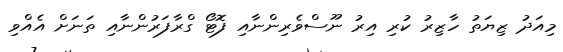
މިއަދު ޒިޔަތު ހާޒިރު ކުރި އިރު ނޫސްވެރިންނާއި ފޮޓޯ ގްރާފަރުންނާއި ތަނަށް އެއްވި